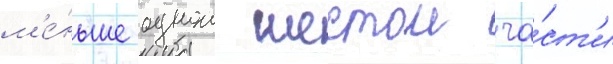
м'е́ньше однои шестои ча́ст'и